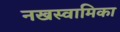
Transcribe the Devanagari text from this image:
नखस्वामिका